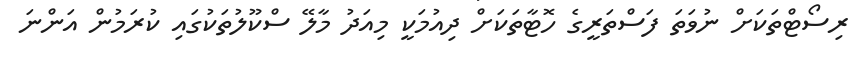
ރިސޯޓްތަކަށް ނުވަތަ ފަސްތަރީގެ ހޮޓާތަކަށް ދިއުމަކީ މިއަދު މާލޭ ސްކޫލުތަކުގައި ކުރަމުން އަންނަ